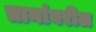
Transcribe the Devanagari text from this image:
तानांवरील